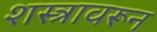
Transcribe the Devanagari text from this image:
शस्त्रावरून